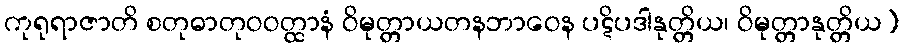
ကုရုရာဇာတိ စတုဓာတုဝဝတ္ထာနံ ဝိမုတ္တာယတနဘာဝေန ပဋိပဒါနုတ္တိယ၊ ဝိမုတ္တာနုတ္တိယ)